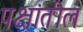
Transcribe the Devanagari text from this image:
पक्षांतील